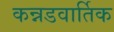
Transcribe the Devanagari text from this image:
कन्नडवार्तिक